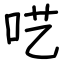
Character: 呓